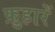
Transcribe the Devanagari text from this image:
फ़ुहारें